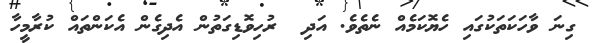
ގިނަ ވާހަކަތަކުގައި ހެޔޮކަމެއް ނެތެވެ. އަދި  ރުހިވޮޑިގަތުން އެދިގެން އެކަންތައް ކުރާމީހާ